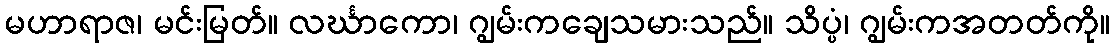
မဟာရာဇ၊ မင်းမြတ်။ လင်္ဃာကော၊ ဂျွမ်းကချေသမားသည်။ သိပ္ပံ၊ ဂျွမ်းကအတတ်ကို။